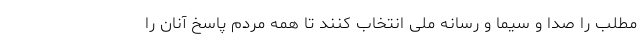
مطلب را صدا و سیما و رسانه ملی انتخاب کنند تا همه مردم پاسخ آنان را